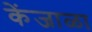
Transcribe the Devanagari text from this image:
केंजाळा